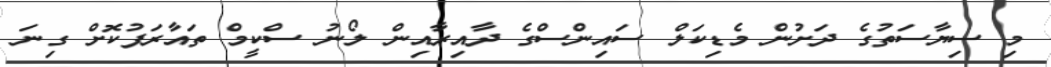
މި ސިޔާސަތުގެ ދަށުން މެޑިކަލް ސައިންސްގެ ދާއިރާއިން ލޯނު ސްކީމް ތައާރަފުކޮށް ގިނަ